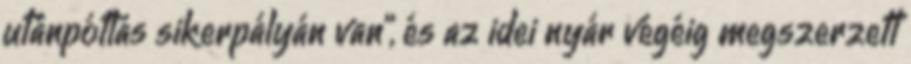
utánpótlás sikerpályán van”, és az idei nyár végéig megszerzett